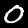
Digit: 0